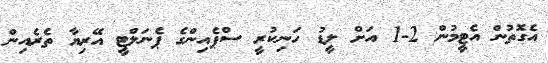
އެގޮތުން އެޓީމުން 2-1 އަށް ލީޑު ހަނިކުރީ ސްޕެއިންގެ ޕެނަލްޓީ އޭރިޔާ ތެރެއިން